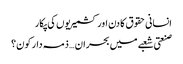
انسانی حقوق کا دن اور کشمیریوں کی پکار
صنعتی شعبے میں بحران … ذمہ دار کون؟